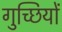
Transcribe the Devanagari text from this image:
गुच्छियों